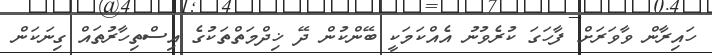
ހައިރާން ވާވަރަށް ފާހަގަ ކުރެވުނު އެއްކަމަކީ ބޭންކުން ދޭ ޚިދްމަތްތަކުގެ އިސްތިހާރުތައް ގިނަކަން